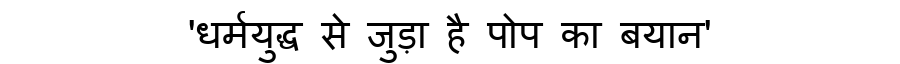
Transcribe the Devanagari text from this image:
'धर्मयुद्ध से जुड़ा है पोप का बयान'